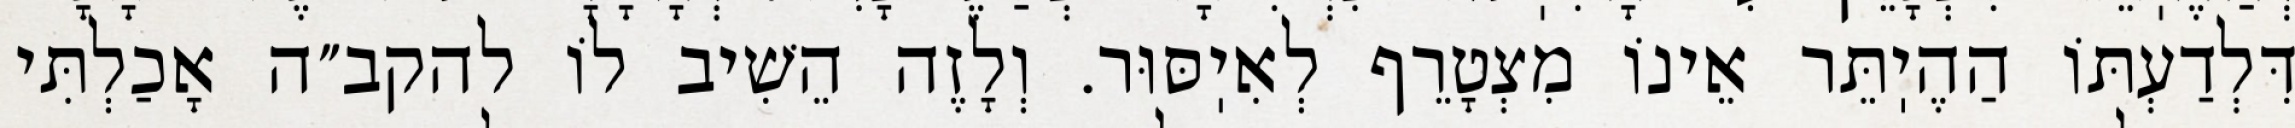
דִּלְדַעְתּוֹ הַהֶיֽתֵּר אֵינוֹ מִצְטָרֵף לְאִיֽסּוּר. וְלָזֶה הֵשִׁיב לוֹ להקב״ה אָכַלְתִּי